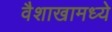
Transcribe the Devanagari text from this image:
वैशाखामध्ये